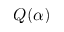
Q ( \alpha )